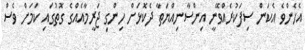
އެހެންވެ އެކަން ސިފަކުރެއްވޭނީ އިންސާނިއްޔަތާ ދެކޮޅަށް ހިންގި ޖަރީމާއެއްގެ ގޮތުގައި ކަމަށް ވެސް